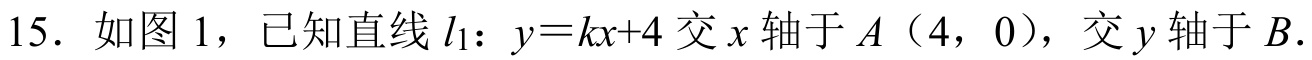
15. 如图 1，已知直线 \(l_{1}\)：\(y = kx + 4\) 交 \(x\) 轴于 \(A(4,0)\)，交 \(y\) 轴于 \(B\).